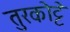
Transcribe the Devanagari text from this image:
तुरकोट्टे